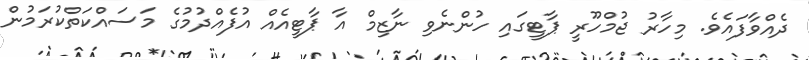
ދެއްވާފައެވެ. މިހާރު ޖުމްހޫރީ ޕާޓީގައި ހުންނެވި ނާޒިމް އާ ޕާޓީއެއް އުފެއްދުމުގެ މަސައްކަތްކުރަމުން